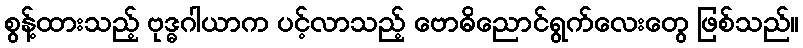
စွန့်ထားသည့် ဗုဒ္ဓဂါယာက ပင့်လာသည့် ဗောဓိညောင်ရွက်လေးတွေ ဖြစ်သည်။